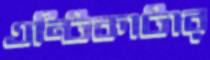
এন্টিকাটার